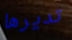
تديرها